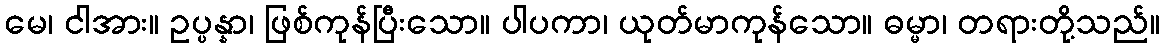
မေ၊ ငါအား။ ဥပ္ပန္နာ၊ ဖြစ်ကုန်ပြီးသော။ ပါပကာ၊ ယုတ်မာကုန်သော။ ဓမ္မာ၊ တရားတို့သည်။